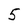
Character: 5